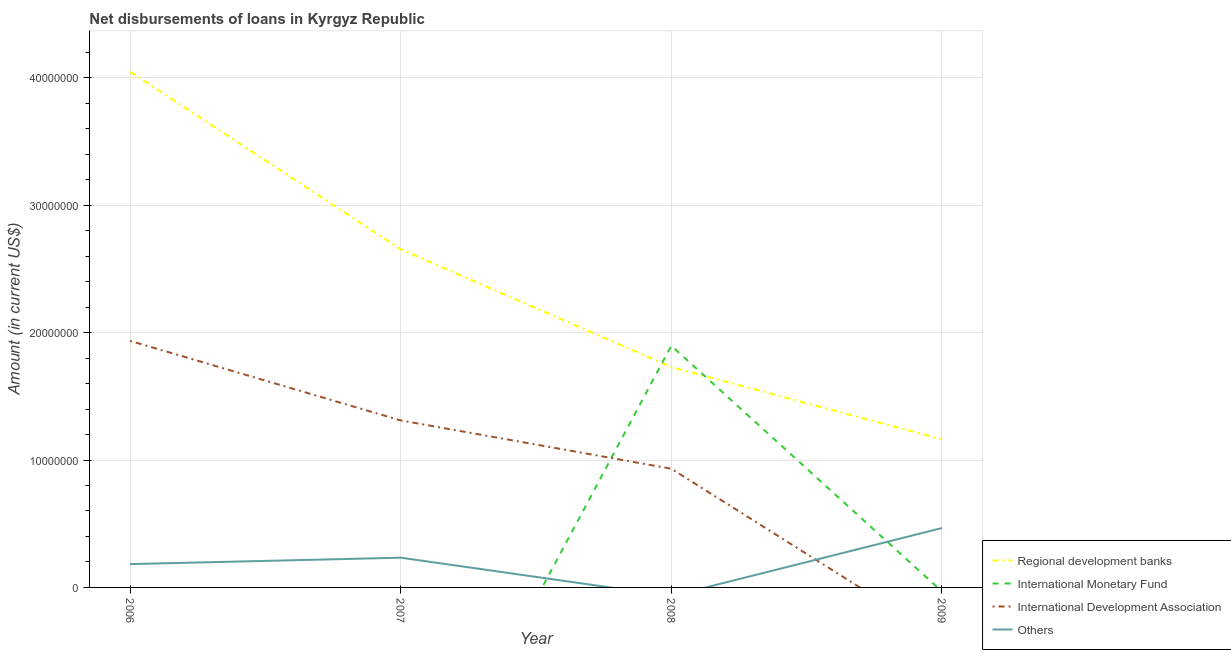
| Year | Regional development banks | International Monetary Fund | International Development Association | Others |
 | --- | --- | --- | --- | --- |
 | 2006 | 4.05e+07 | -2.36e+07 | 1.94e+07 | 1.83e+06 |
 | 2007 | 2.65e+07 | -2.08e+07 | 1.31e+07 | 2.34e+06 |
 | 2008 | 1.73e+07 | 1.9e+07 | 9.32e+06 | -6.82e+05 |
 | 2009 | 1.16e+07 | -3.13e+05 | -4.06e+06 | 4.66e+06 |